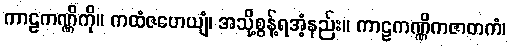
ကာဠကဏ္ဏိကို။ ကထံဇဟေယျံ၊ အသို့စွန့်ရအံ့နည်း။ ကာဠကဏ္ဏိကဇာတကံ၊